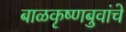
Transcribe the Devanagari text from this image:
बाळकृष्णबुवांचे